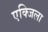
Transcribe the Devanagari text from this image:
एक्जिला